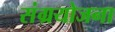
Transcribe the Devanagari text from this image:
संग्रयोजना